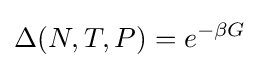
\Delta (N,T,P)=e^{-\beta G}\;